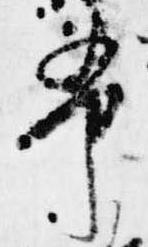
布